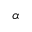
\alpha